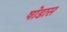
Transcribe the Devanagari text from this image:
षोडास